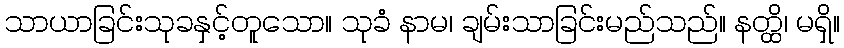
သာယာခြင်းသုခနှင့်တူသော။ သုခံ နာမ၊ ချမ်းသာခြင်းမည်သည်။ နတ္ထိ၊ မရှိ။